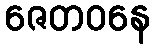
ဇေတဝနေ